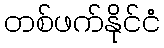
တစ်ဖက်နိုင်ငံ